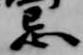
忌